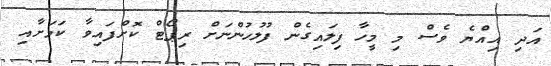
އަދި އިއްޔެ ވެސް މި މީހާ ފިލައިގެން ފުލުހުންނަށް ރިޕޯޓް ކޮށްފައިވާ ކަމަށާއި